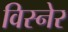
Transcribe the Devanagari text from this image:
विस्नेर